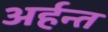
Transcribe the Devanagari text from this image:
अर्हन्त